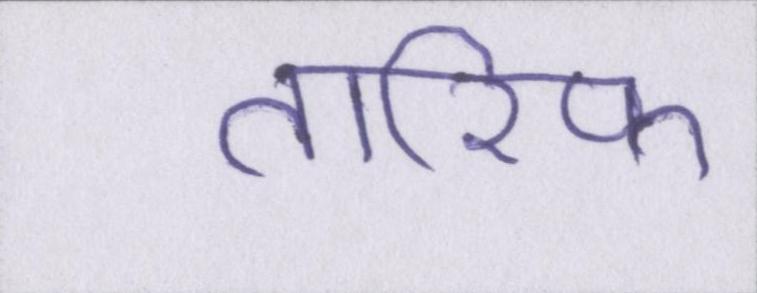
तारिफ